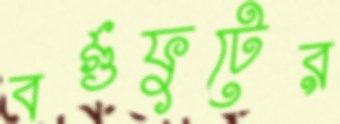
বর্গুফুটের